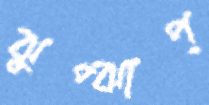
ঝুপ্ঝাপ্